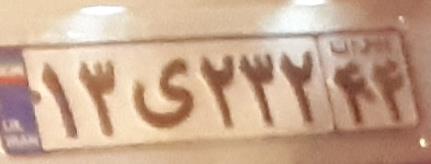
۱۳ی۲۳۲۴۴